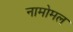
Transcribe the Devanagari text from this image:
नामोमल